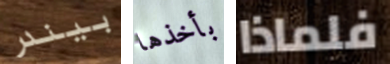
بيندر بأخذها فلماذا